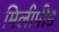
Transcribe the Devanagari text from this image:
मिलीपीड